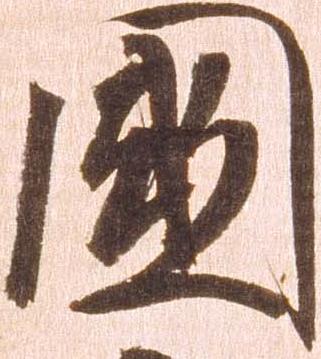
国